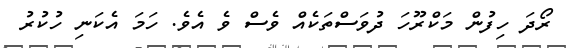
ރޯދަ ހިފުން މަކްރޫހަ ދުވަސްތަކެއް ވެސް ވެ އެވެ. ހަމަ އެކަނި ހުކުރު